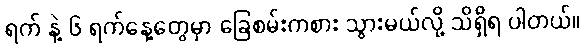
ရက် နဲ့ ၆ ရက်နေ့တွေမှာ ခြေစမ်းကစား သွားမယ်လို့ သိရှိရ ပါတယ်။